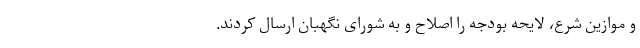
و موازین شرع، لایحه بودجه را اصلاح و به شورای نگهبان ارسال کردند.